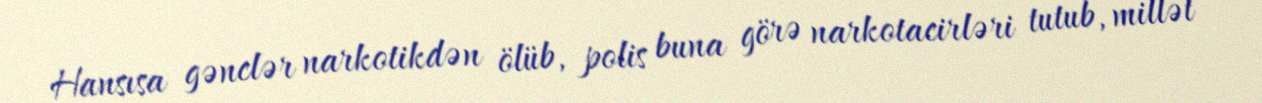
Hansısa gənclər narkotikdən ölüb, polis buna görə narkotacirləri tutub, millət